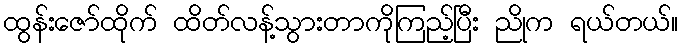
ထွန်းဇော်ထိုက် ထိတ်လန့်သွားတာကိုကြည့်ပြီး ညိုက ရယ်တယ်။